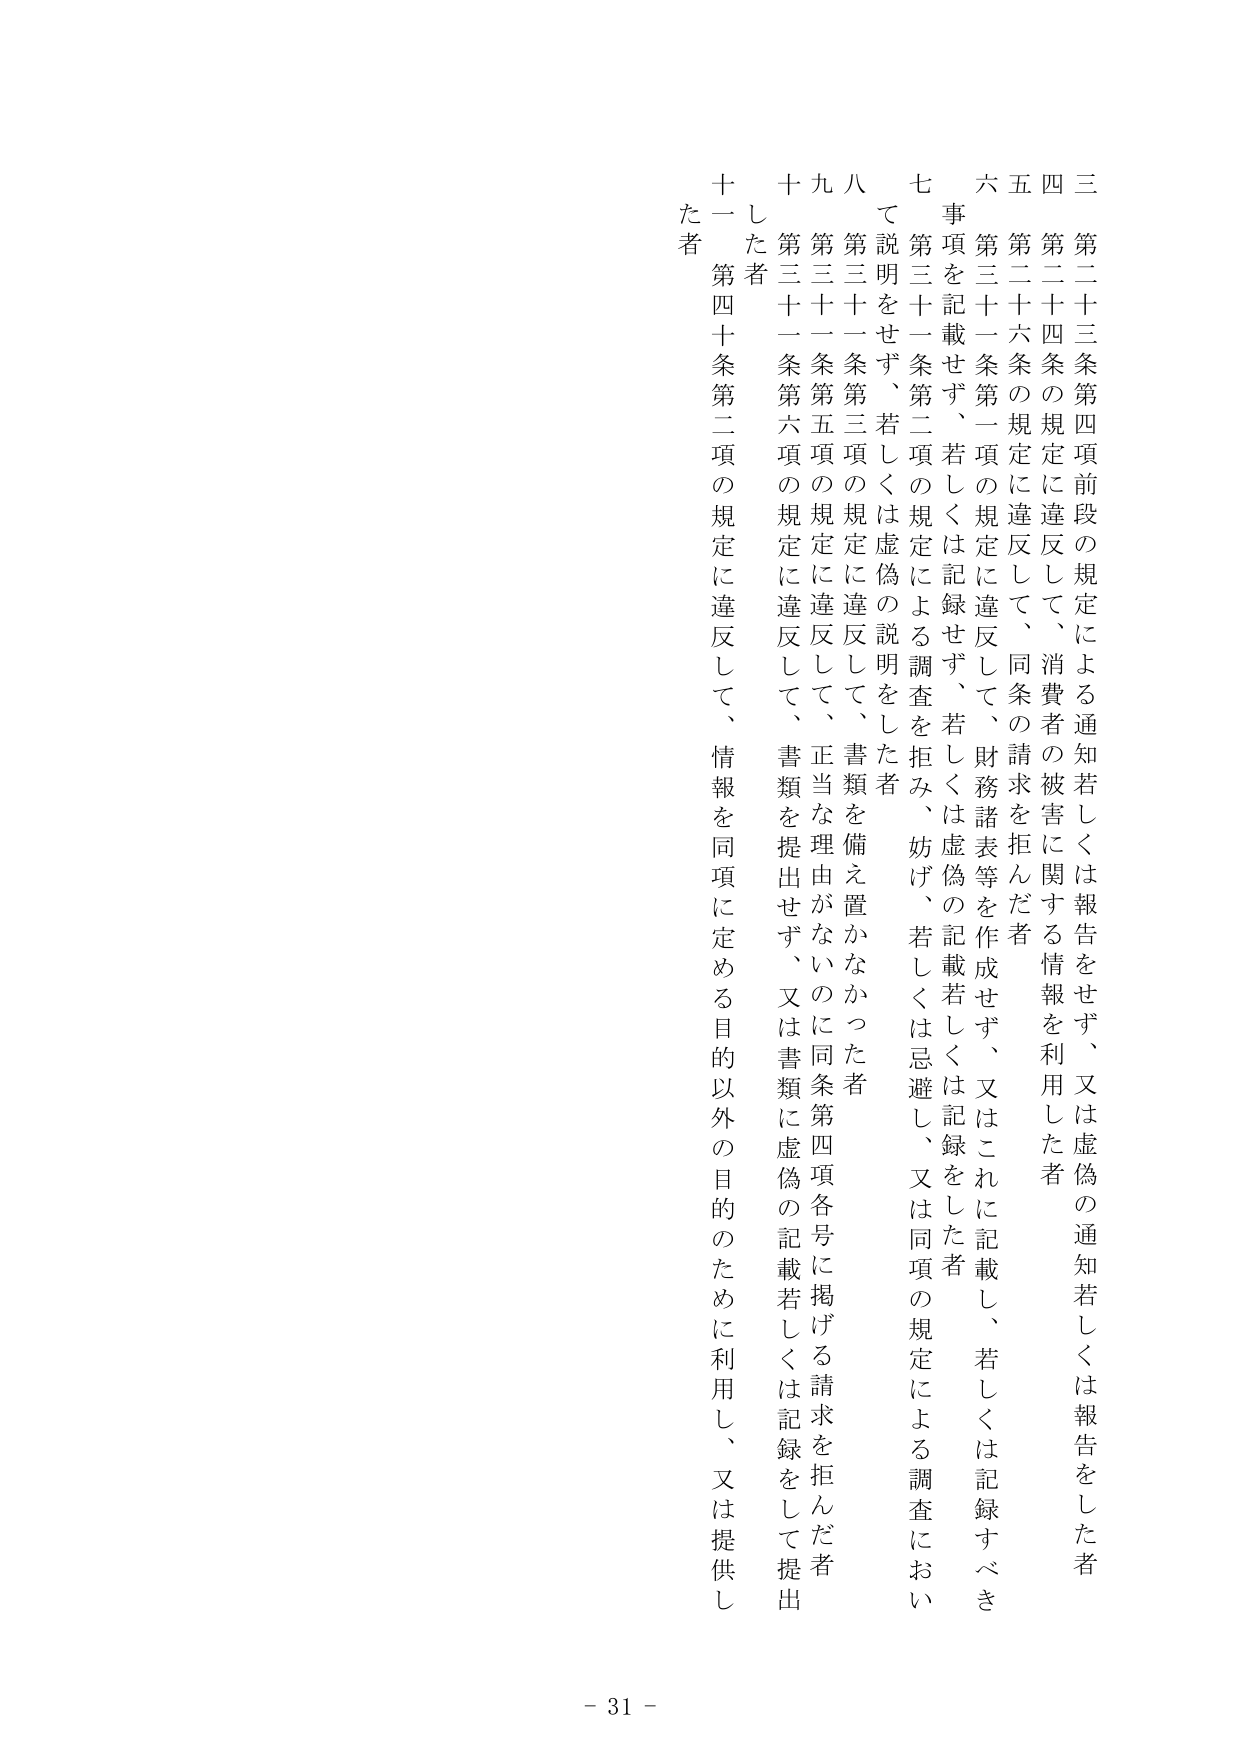
三 第二十三条第四項前段の規定による通知若しくは報告をせず、又は虚偽の通知若しくは報告をした者
四 第二十四条の規定に違反して、消費者の被害に関する情報を利用した者
五 第二十六条の規定に違反して、同条の請求を拒んだ者
六 第三十一条第一項の規定に違反して、財務諸表等を作成せず、又はこれに記載し、若しくは記録すべき事項を記載せず、若しくは記録せず、若しくは虚偽の記載若しくは記録をした者
七 第三十一条第二項の規定による調査を拒み、妨げ、若しくは忌避し、又は同項の規定による調査において説明をせず、若しくは虚偽の説明をした者
八 第三十一条第三項の規定に違反して、書類を備え置かなかった者
九 第三十一条第五項の規定に違反して、正当な理由がないのに同条第四項各号に掲げる請求を拒んだ者
十 第三十一条第六項の規定に違反して、書類を提出せず、又は書類に虚偽の記載若しくは記録をして提出した者
十一 第四十条第二項の規定に違反して、情報を同項に定める目的以外の目的のために利用し、又は提供した者

- 31 -